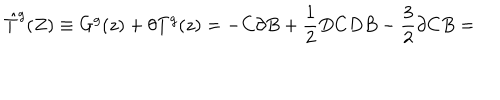
LaTeX: \hat { T } ^ { g } ( Z ) \equiv G ^ { g } ( z ) + \theta T ^ { g } ( z ) = - C \partial B + \frac { 1 } { 2 } D C D B - \frac { 3 } { 2 } \partial C B =